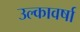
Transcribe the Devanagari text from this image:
उल्कावर्षा